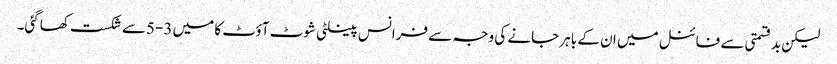
لیکن بدقسمتی سے فائنل میں ان کے باہر جانے کی وجہ سے فرانس پینلٹی شوٹ آؤٹ کا میں 3-5سے شکست کھاگئی۔